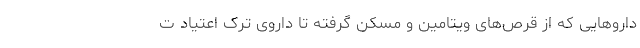
داروهایی که از قرص‌های ویتامین و مسکن گرفته تا داروی ترک اعتیاد ت